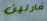
مارلين